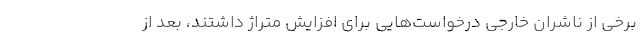
برخی از ناشران خارجی درخواست‌هایی برای افزایش متراژ داشتند، بعد از